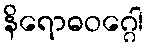
နိရောဓဝဂ္ဂေါ